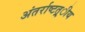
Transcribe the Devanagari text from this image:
अंतर्राष्‍टत्र्ीय